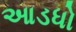
આડધો